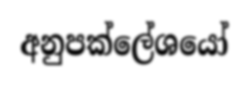
අනුපක්ලේශයෝ